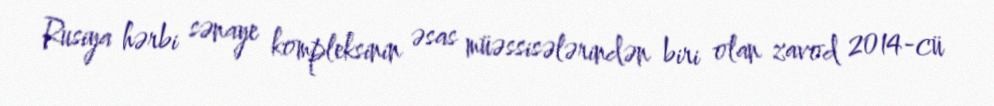
Rusiya hərbi sənaye kompleksinin əsas müəssisələrindən biri olan zavod 2014-cü